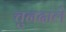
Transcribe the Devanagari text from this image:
चुनदाले